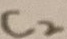
Text: C2